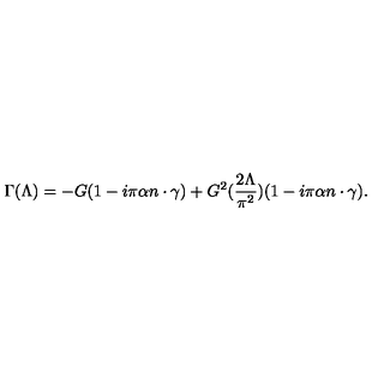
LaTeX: \Gamma ( \Lambda ) = - G ( 1 - i \pi \alpha n \cdot \gamma ) + G ^ { 2 } ( \frac { 2 \Lambda } { \pi ^ { 2 } } ) ( 1 - i \pi \alpha n \cdot \gamma ) .